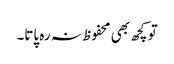
تو کچھ بھی محفوظ نہ رہ پاتا۔